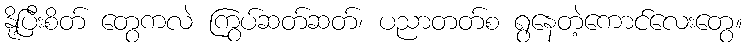
နို့ပြီးစိတ် တွေကလဲ ကြွပ်ဆတ်ဆတ်၊ ပညာတတ်စ ရွနေတဲ့ကောင်လေးတွေ။